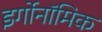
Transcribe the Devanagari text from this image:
इर्गोनॉमिक